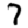
Digit: 7